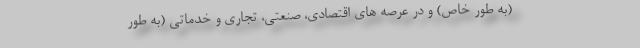
(به طور خاص) و در عرصه های اقتصادی، صنعتی، تجاری و خدماتی (به طور